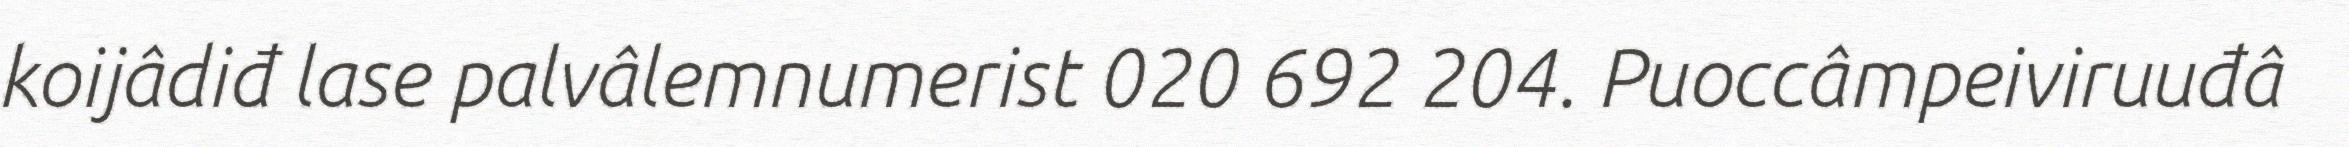
koijâdiđ lase palvâlemnumerist 020 692 204. Puoccâmpeiviruuđâ